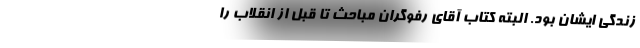
زندگی‌ ایشان بود. البته کتاب آقای رفوگران مباحث تا قبل از انقلاب را